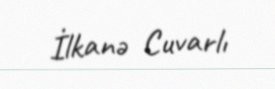
İlkanə Cuvarlı